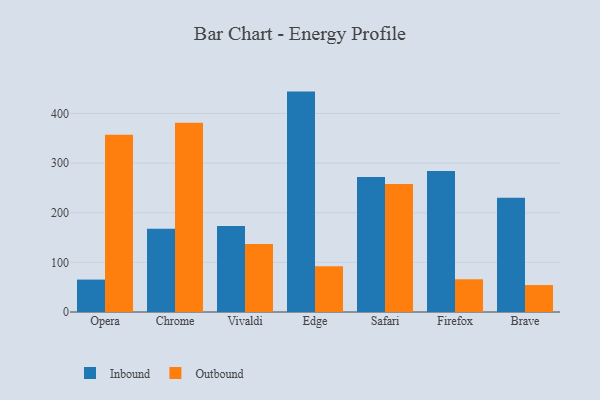
{"axis": {"x": "Browser", "y": "Population (Million)"}, "legend": ["Inbound", "Outbound"], "data": [{"x": "Opera", "y": 65.3, "type": "Inbound"}, {"x": "Opera", "y": 357.0, "type": "Outbound"}, {"x": "Chrome", "y": 167.6, "type": "Inbound"}, {"x": "Chrome", "y": 381.2, "type": "Outbound"}, {"x": "Vivaldi", "y": 173.0, "type": "Inbound"}, {"x": "Vivaldi", "y": 136.9, "type": "Outbound"}, {"x": "Edge", "y": 444.0, "type": "Inbound"}, {"x": "Edge", "y": 92.1, "type": "Outbound"}, {"x": "Safari", "y": 271.9, "type": "Inbound"}, {"x": "Safari", "y": 258.1, "type": "Outbound"}, {"x": "Firefox", "y": 284.2, "type": "Inbound"}, {"x": "Firefox", "y": 65.9, "type": "Outbound"}, {"x": "Brave", "y": 230.0, "type": "Inbound"}, {"x": "Brave", "y": 54.3, "type": "Outbound"}]}